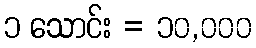
၁ သောင်း = ၁၀,၀၀၀